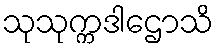
သုသုက္ကဒါဌောသိ